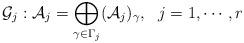
LaTeX: \begin{align*} \mathcal{G}_{j}:\mathcal{A}_j=\bigoplus _{\gamma\in \Gamma_j}(\mathcal{A}_j)_{\gamma}, \ \ j=1,\cdots,r \end{align*}